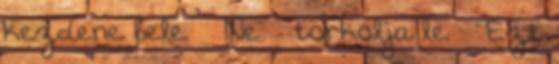
kezdene bele. – Ne – torkolja le. – Ezt